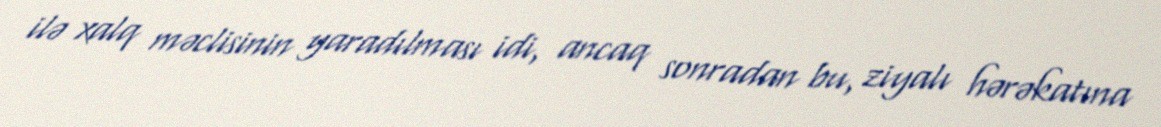
ilə xalq məclisinin yaradılması idi, ancaq sonradan bu, ziyalı hərəkatına